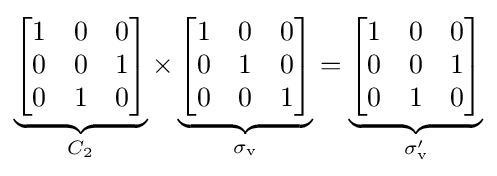
\underbrace {\begin{bmatrix}1&0&0\\0&0&1\\0&1&0\\\end{bmatrix}} _{C_{2}}\times \underbrace {\begin{bmatrix}1&0&0\\0&1&0\\0&0&1\\\end{bmatrix}} _{\sigma _{\text{v}}}=\underbrace {\begin{bmatrix}1&0&0\\0&0&1\\0&1&0\\\end{bmatrix}} _{\sigma '_{\text{v}}}